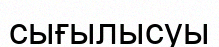
сығылысуы